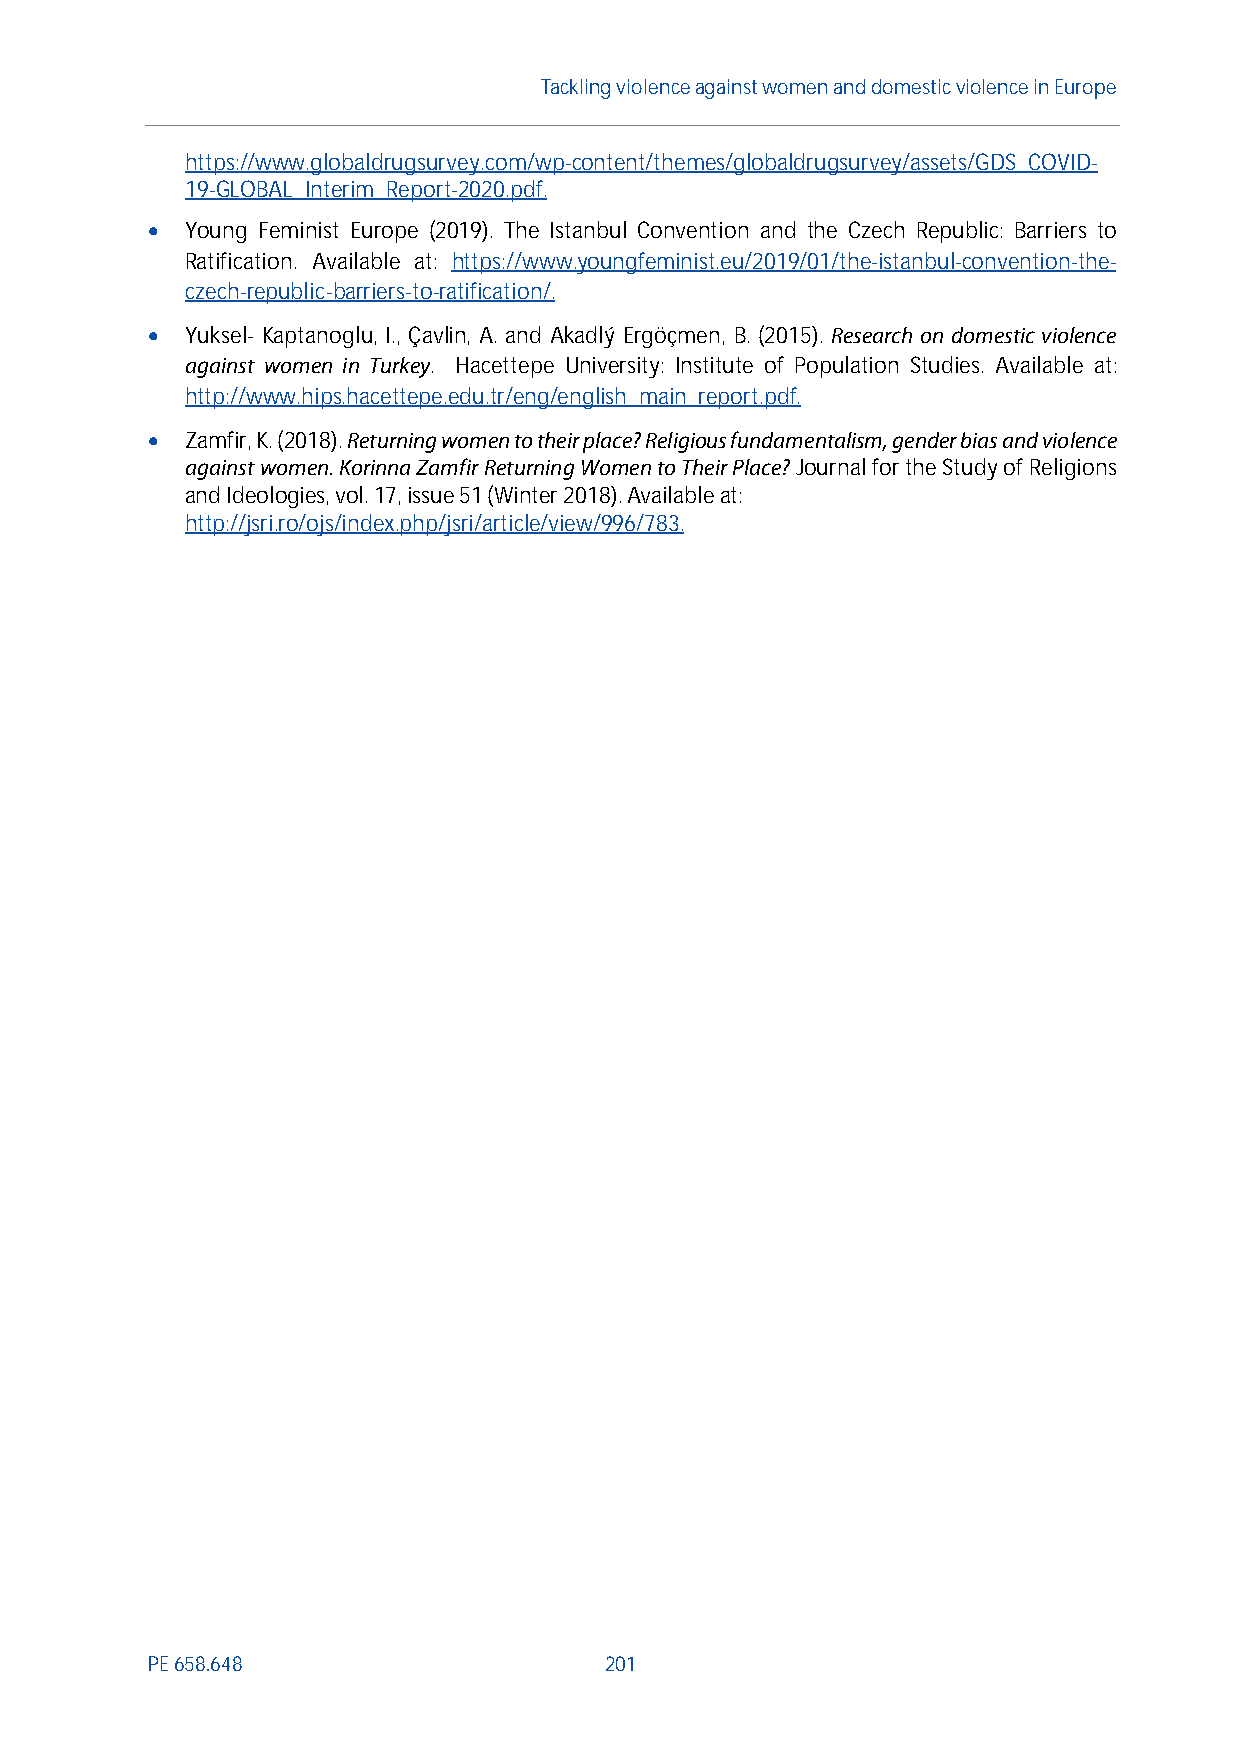
Tackling violenceagainst women anddomesticviolence in Europe
 https://www.globaldrugsurvey.com/wp-content/themes/globaldrugsurvey/assets/GDS_COVID-
 19-GLOBAL_Interim_Report-2020.pdf.
  Young Feminist Europe (2019). The Istanbul Convention and the Czech Republic: Barriers to
 Ratification. Available at: https://www.youngfeminist.eu/2019/01/the-istanbul-convention-the-
 czech-republic-barriers-to-ratification/.
  Yuksel- Kaptanoglu, I., Çavlin, A. and Akadlý Ergöçmen, B. (2015). Research on domestic violence
 against women in Turkey. Hacettepe University: Institute of Population Studies. Available at:
 http://www.hips.hacettepe.edu.tr/eng/english_main_report.pdf.
  Zamfir, K. (2018).Returning women to their place? Religious fundamentalism, gender bias and violence
 against women. Korinna Zamfir Returning Womento Their Place?Journal for the Study of Religions
 and Ideologies, vol. 17, issue 51 (Winter 2018).Availableat:
 http://jsri.ro/ojs/index.php/jsri/article/view/996/783.
 PE658.648                     201